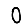
Digit: 0